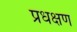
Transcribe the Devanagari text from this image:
प्रधक्षण